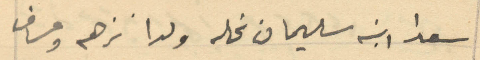
سعدا ابنه سليمان نحله ولدا نزهه وعساف